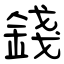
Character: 錢